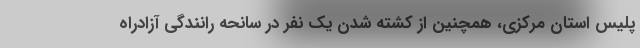
پلیس استان مرکزی، همچنین از کشته شدن یک نفر در سانحه رانندگی آزادراه